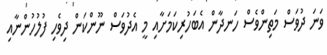
ވަނަ ދުވަސް މަތިންވެސް ހަނދާން އެބަހުރިކަމަށާއި މީ އެދުވަސް ނޫންކަން ދިވެހި ފުލުހުންނާއި